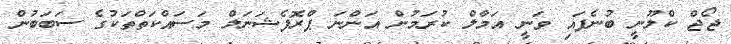
ޖޯޖް ކްލޫނީ ބުނެފައި ވަނީ އަމާލް ކުރަމުން އަންނަ ޕްރޮފެޝަނަލް މަސައްކަތްތަކުގެ ސަބަބުން